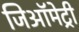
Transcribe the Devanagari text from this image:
जिऑमेट्री